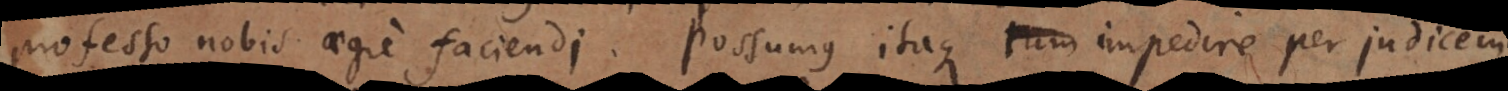
professo nobis aegre faciendi. Possumus itaque impedire per judicem